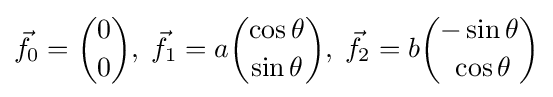
{\vec {f}}_{0}={0 \choose 0},\;{\vec {f}}_{1}=a{\cos \theta  \choose \sin \theta },\;{\vec {f}}_{2}=b{-\sin \theta  \choose \;\cos \theta }